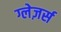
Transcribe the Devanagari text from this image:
ग्लेज़र्स